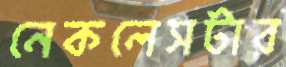
নেকলেসটার